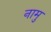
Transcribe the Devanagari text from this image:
नामु